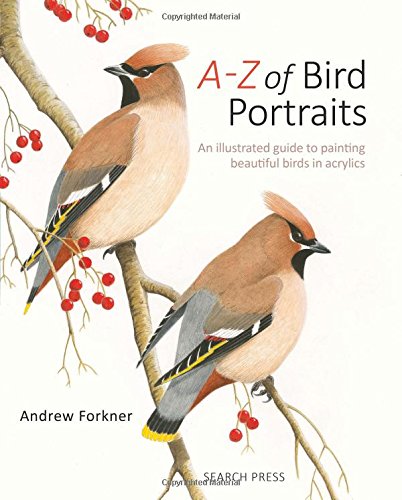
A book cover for A-Z of Bird Portraits: In Acrylics; Andrew Forkner; Arts & Photography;